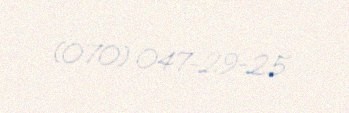
(070) 047-29-25